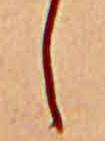
し